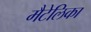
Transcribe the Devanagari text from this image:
मैटेलिका